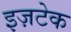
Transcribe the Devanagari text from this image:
इज़टेक